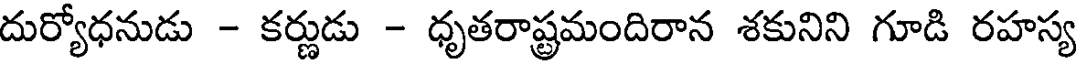
దుర్యోధనుడు - కర్ణుడు - ధృతరాష్ట్రమందిరాన శకునిని గూడి రహస్య